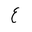
Letter: _ayn